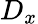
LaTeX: D_{x}